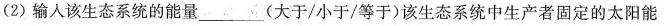
(2)输入该生态系统的能量______(大于/小于/等于)该生态系统中生产者固定的太阳能